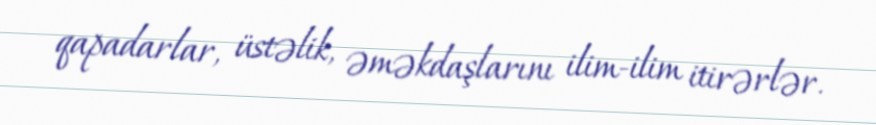
qapadarlar, üstəlik, əməkdaşlarını ilim-ilim itirərlər.